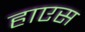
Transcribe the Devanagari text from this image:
हाएस